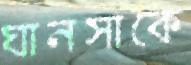
ঘানসাকে